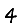
Digit: 4